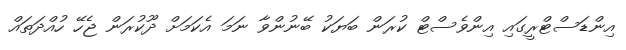
އިންޑަސްޓްރީގައި އިންވެސްޓް ކުރަން ބަޔަކު ބޭނުންވާ ނަމަ އެކަމަށް ދޫކުރަން ޖެހޭ ހުއްދަތައް